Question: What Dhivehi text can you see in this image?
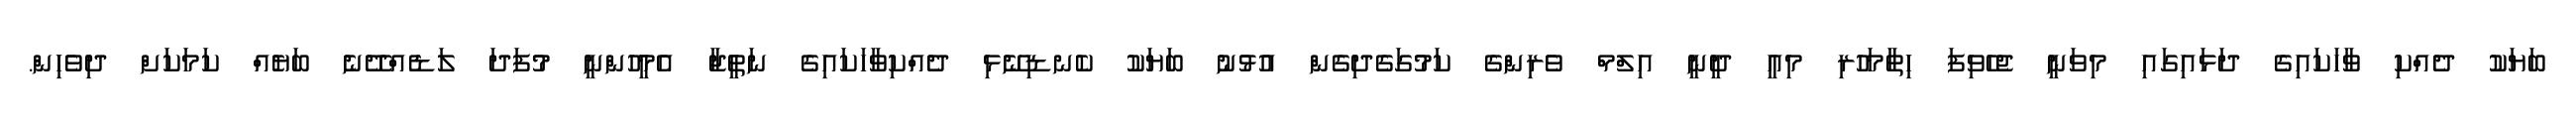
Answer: ބަޔަކު ދެއްކި ވާހަކައިގެ ދަޅައިގައި މިވަނީ ޖެހެވިފަ ހިތާމަހުރި މިއީ ދީނީ އިލްމް ވެރިންގެ ކަމުގަގެދިގެން އުޅުނު ބަޔަކު ކެނޑިނޭޅި ދެއްކިވާހަކައިގެ ނަތީޖާ އެމީހުންނީ މުފަދަ ލަޑެއްދޭނެ ބަޔެއް ކަމަކަށް ދިވެހިން.